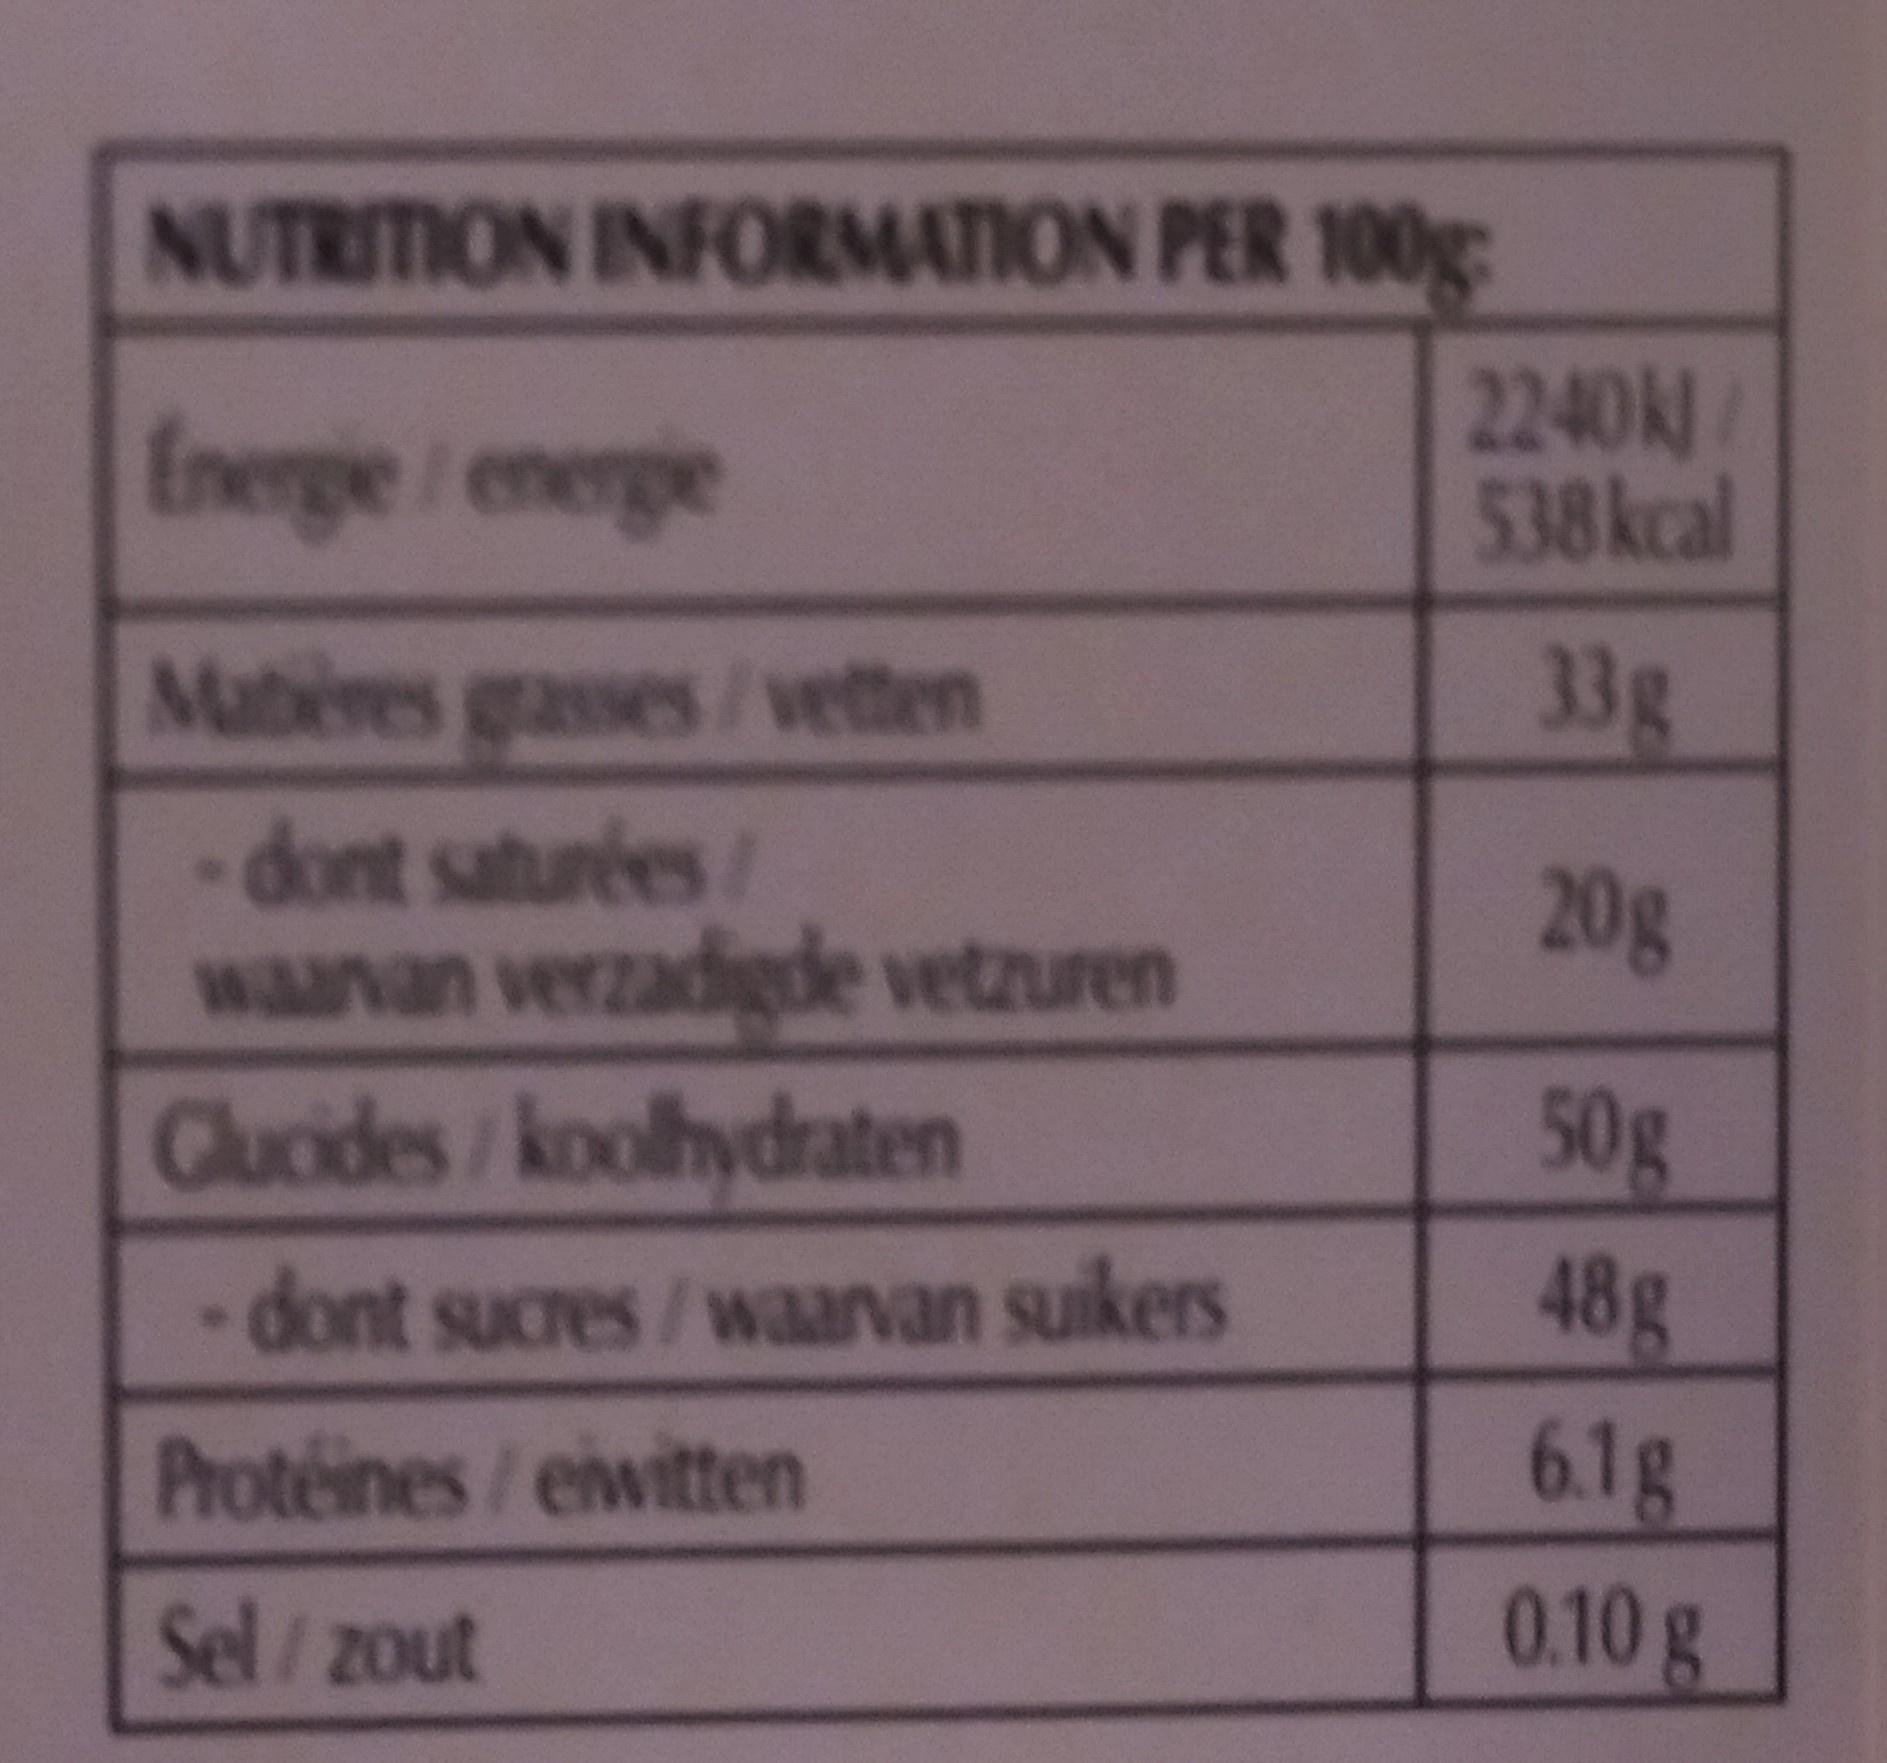
NUTRITION INFORMATION PER 100g 2240k/ 538kcal Energie/ energe 33g Mabres grasses/vetten dont saturées wanan verzadigde vetzuren 20g 50g 48g Cluoides/koolhydraten - dont sucres /waarvan suikers 6.1g 0.10 g Proteines/eiwitten Sel/zout